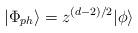
LaTeX: \begin{align*}|\Phi_{ph}\rangle=z^{(d-2)/2}|\phi\rangle\end{align*}